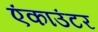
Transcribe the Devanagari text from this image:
एंकाउंटर